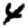
Digit: 4